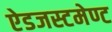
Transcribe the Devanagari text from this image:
ऐडजस्टमेण्ट